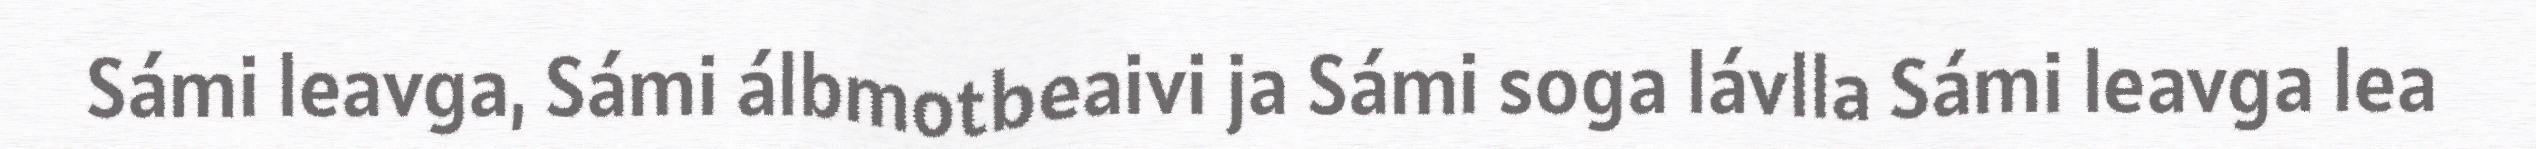
Sámi leavga, Sámi álbmotbeaivi ja Sámi soga lávlla Sámi leavga lea